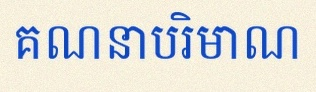
គណនាបរិមាណ